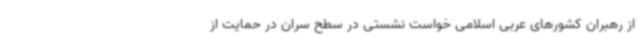
از رهبران کشورهای عربی اسلامی خواست نشستی در سطح سران در حمایت از